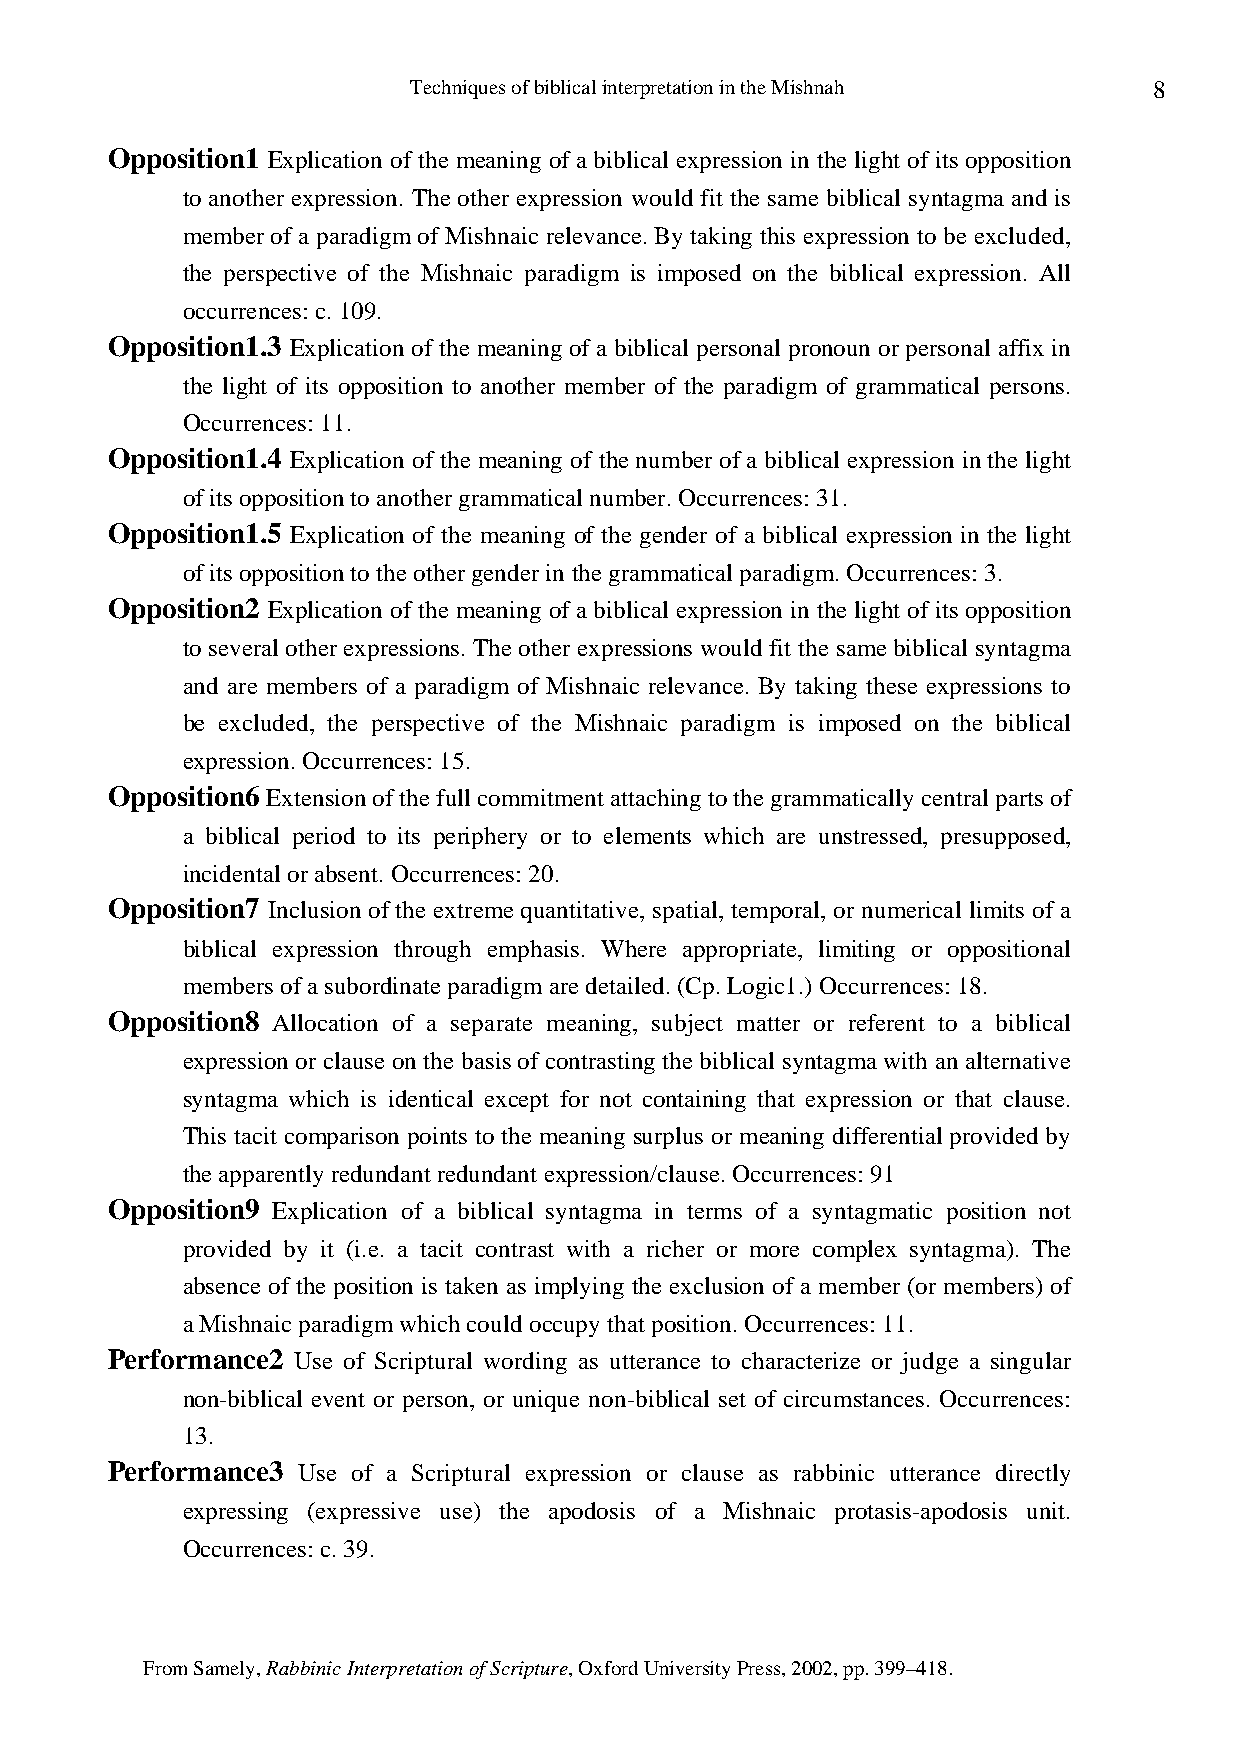
Techniques of biblical interpretation in the Mishnah 8
 Opposition1 Explication of the meaning of a biblical expression in the light of its opposition
 to another expression. The other expression would fit the same biblical syntagma and is
 member of a paradigm of Mishnaic relevance. By taking this expression to be excluded,
 the perspective of the Mishnaic paradigm is imposed on the biblical expression. All
 occurrences: c. 109.
 Opposition1.3 Explication of the meaning of a biblical personal pronoun or personal affix in
 the light of its opposition to another member of the paradigm of grammatical persons.
 Occurrences: 11.
 Opposition1.4 Explication of the meaning of the number of a biblical expression in the light
 of its opposition to another grammatical number. Occurrences: 31.
 Opposition1.5 Explication of the meaning of the gender of a biblical expression in the light
 of its opposition to the other gender in the grammatical paradigm. Occurrences: 3.
 Opposition2 Explication of the meaning of a biblical expression in the light of its opposition
 to several other expressions. The other expressions would fit the same biblical syntagma
 and are members of a paradigm of Mishnaic relevance. By taking these expressions to
 be excluded, the perspective of the Mishnaic paradigm is imposed on the biblical
 expression. Occurrences: 15.
 Opposition6 Extension of the full commitment attaching to the grammatically central parts of
 a biblical period to its periphery or to elements which are unstressed, presupposed,
 incidental or absent. Occurrences: 20.
 Opposition7 Inclusion of the extreme quantitative, spatial, temporal, or numerical limits of a
 biblical expression through emphasis. Where appropriate, limiting or oppositional
 members of a subordinate paradigm are detailed. (Cp. Logic1.) Occurrences: 18.
 Opposition8 Allocation of a separate meaning, subject matter or referent to a biblical
 expression or clause on the basis of contrasting the biblical syntagma with an alternative
 syntagma which is identical except for not containing that expression or that clause.
 This tacit comparison points to the meaning surplus or meaning differential provided by
 the apparently redundant redundant expression/clause. Occurrences: 91
 Opposition9 Explication of a biblical syntagma in terms of a syntagmatic position not
 provided by it (i.e. a tacit contrast with a richer or more complex syntagma). The
 absence of the position is taken as implying the exclusion of a member (or members) of
 a Mishnaic paradigm which could occupy that position. Occurrences: 11.
 Performance2 Use of Scriptural wording as utterance to characterize or judge a singular
 non-biblical event or person, or unique non-biblical set of circumstances. Occurrences:
 13.
 Performance3 Use of a Scriptural expression or clause as rabbinic utterance directly
 expressing (expressive use) the apodosis of a Mishnaic protasis-apodosis unit.
 Occurrences: c. 39.
 From Samely, Rabbinic Interpretation of Scripture, Oxford University Press, 2002, pp. 399–418.